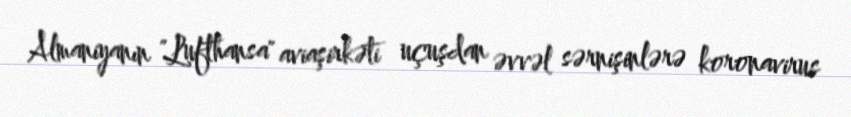
Almaniyanın "Lufthansa" aviaşirkəti uçuşdan əvvəl sərnişinlərə koronavirus